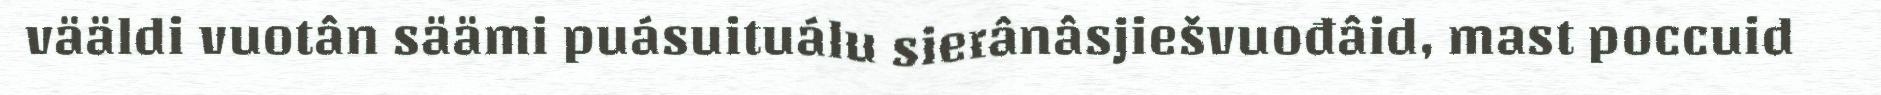
vääldi vuotân säämi puásuituálu sierânâsjiešvuođâid, mast poccuid